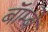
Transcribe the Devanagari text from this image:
बॅाम्बे